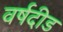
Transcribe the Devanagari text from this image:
वर्षदीड